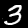
Digit: 3